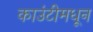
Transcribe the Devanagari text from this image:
काउंटीमधून